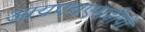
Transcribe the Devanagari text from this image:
आयएचएसडीपी